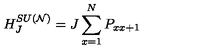
H _ { J } ^ { S U ( { \cal N } ) } = J \sum _ { x = 1 } ^ { N } P _ { x x + 1 }